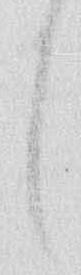
し